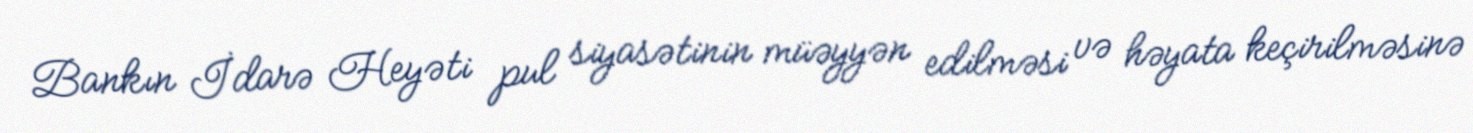
Bankın İdarə Heyəti pul siyasətinin müəyyən edilməsi və həyata keçirilməsinə